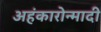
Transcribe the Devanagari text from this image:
अहंकारोन्मादी